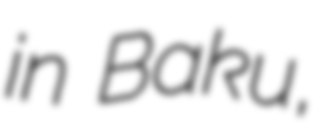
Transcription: in Baku,